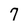
Character: 7